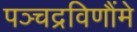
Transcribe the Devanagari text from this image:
पञ्चद्रविणौंमे